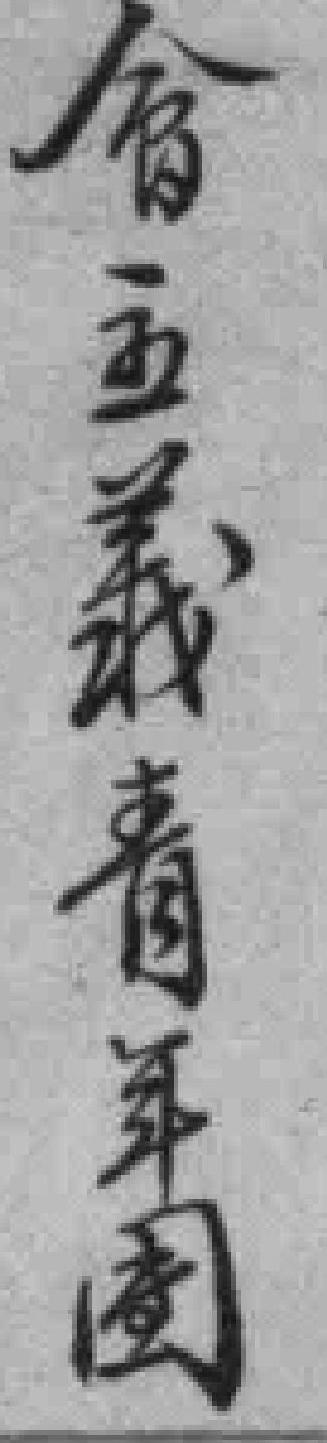
會主義青年團